Annual administration and progress report of the Indian Medical Department, Bombay
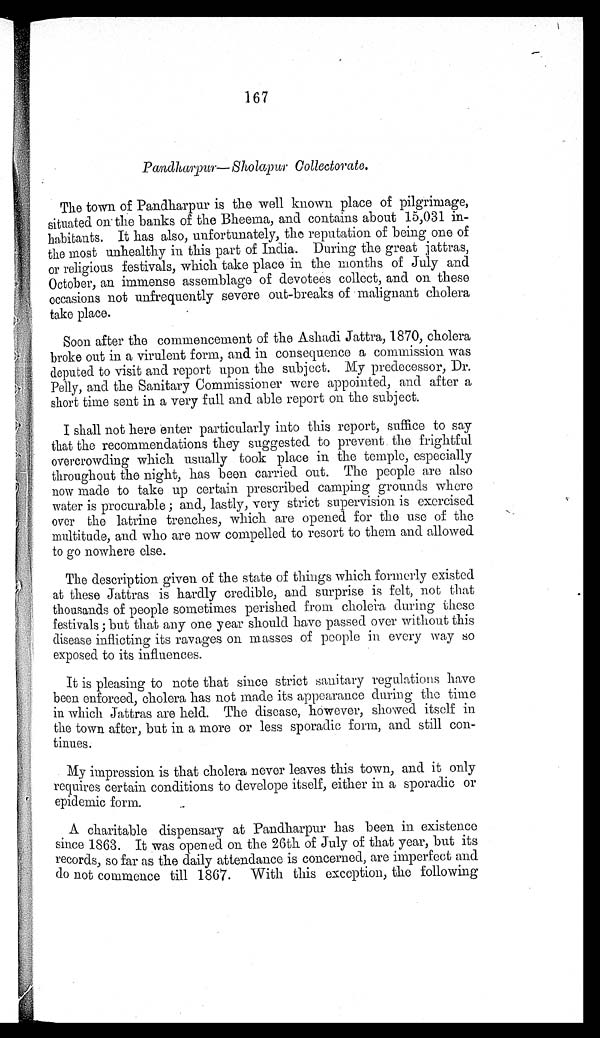
167
Pandharpur— Sholapur Collectorate.
The town of Pandharpur is the well known place of pilgrimage,
situated on the banks of the Bheema, and contains about 15,031 in-
habitants. It has also, unfortunately, the reputation of being one of
the most unhealthy in this part of India. During the great jattras,
or religious festivals, which take place in the months of July and
October, an immense assemblage of devotees collect, and on these
occasions not unfrequently severe out-breaks of malignant cholera
take place.
Soon after the commencement of the Ashadi Jattra, 1870, cholera
broke out in a virulent form, and in consequence a commission was
deputed to visit and report upon the subject. My predecessor, Dr.
Pelly, and the Sanitary Commissioner were appointed, and after a
short time sent in a very full and able report on the subject.
I shall not here enter particularly into this report, suffice to say
that the recommendations they suggested to prevent the frightful
overcrowding which usually took place in the temple, especially
throughout the night, has been carried out. The people are also
now made to take up certain prescribed camping grounds where
water is procurable ; and, lastly, very strict supervision is exercised
over the latrine trenches, which are opened for the use of the
multitude, and who are now compelled to resort to them and allowed
to go nowhere else.
The description given of the state of things which formerly existed
at these Jattras is hardly credible, and surprise is felt, not that
thousands of people sometimes perished from cholera during these
festivals ; but that any one year should have passed over without this
disease inflicting its ravages on masses of people in every way so
exposed to its influences.
It is pleasing to note that since strict sanitary regulations have
been enforced, cholera has not made its appearance during the time
in which Jattras are held. The disease, however, showed itself in
the town after, but in a more or less sporadic form, and still con-
tinues.
My impression is that cholera never leaves this town, and it only
requires certain conditions to develope itself, either in a sporadic or
epidemic form.
A charitable dispensary at Pandharpur has been in existence
since 1863. It was opened on the 26th of July of that year, but its
records, so far as the daily attendance is concerned, are imperfect and
do not commence till 1867. With this exception, the following